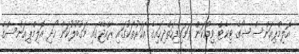
އޮލިމްޕިއަންސް ޝޯގެ ޓިކެޓް ވިއްކަން ފަށައިފިހަތްދިހައިގެ އަހަރުތަކުގައި ރާއްޖޭގައި މަގުބޫލުކަން ހޯދި އޮލިމްޕިއަންސްގެ